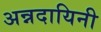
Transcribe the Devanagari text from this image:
अन्नदायिनी